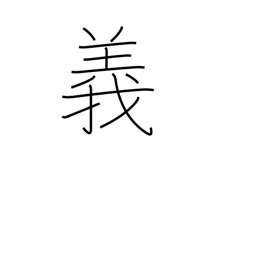
Meaning: morality